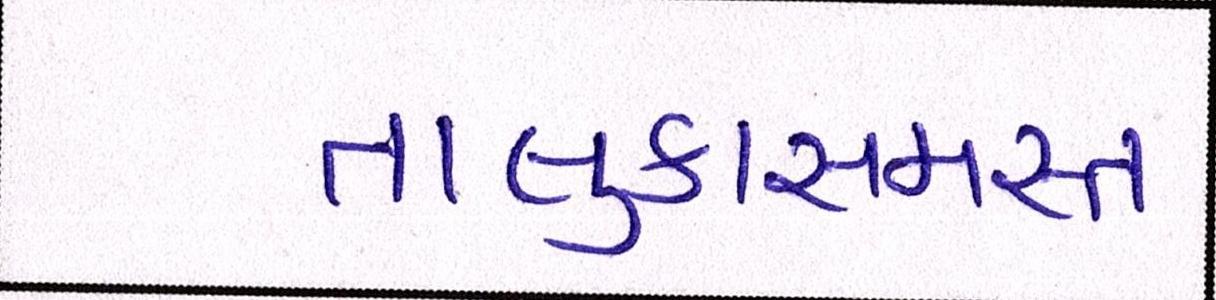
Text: તાલુકાસમસ્ત